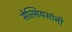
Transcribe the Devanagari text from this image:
सेल्सियसांनी